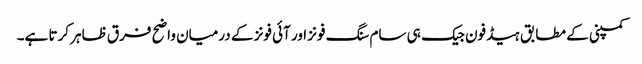
کمپنی کے مطابق ہیڈفون جیک ہی سام سنگ فونز اور آئی فونز کے درمیان واضح فرق ظاہر کرتا ہے۔